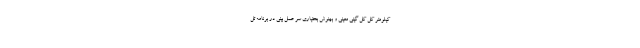
کیلومتر کل کل گیتی معینی و بهنوش بختیاری سر عمل بینی در برنامه تل